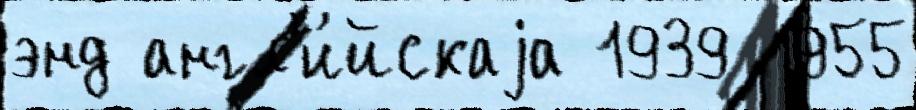
энд англ'и́йскаjа 1939 1955